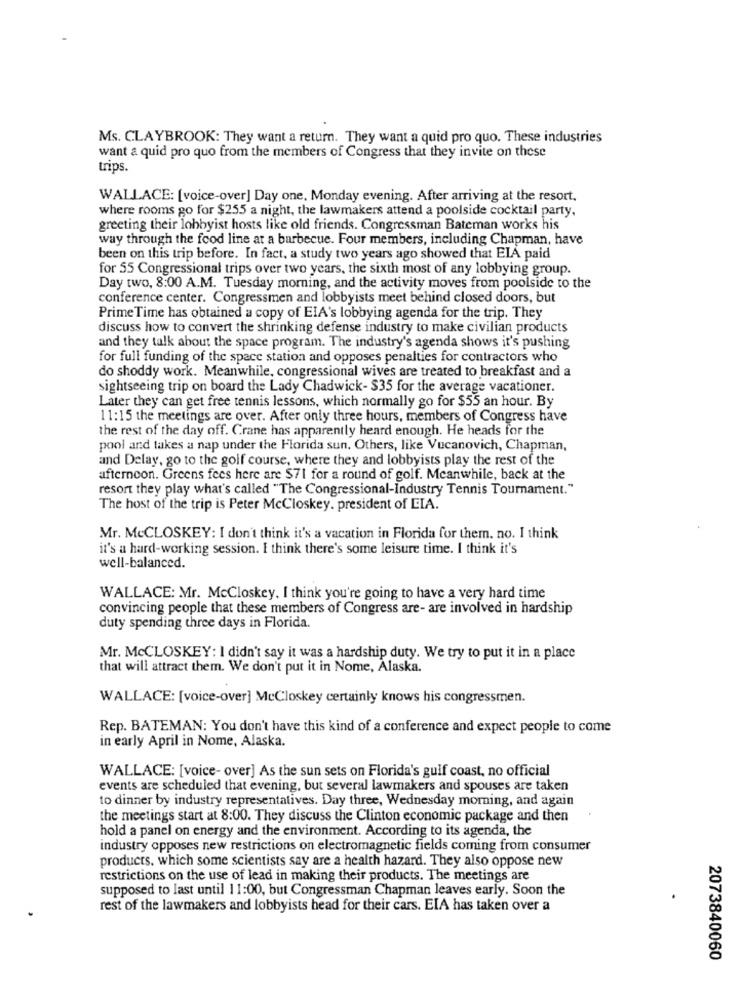
Ms. CLAYBROOK: They want a return. They want a quid pro quo. These industries
want a quid pro quo from the members of Congress that they invite on these
trips.
WALLACE: [voice-over] Day one, Monday evening. After arriving at the resort,
where rooms go for $255 a night, the lawmakers attend a poolside cocktail party,
greeting their lobbyist hosts like old friends. Congressman Bateman works his
way through the food line at a barbecue. Four members, including Chapman, have
been on this trip before. In fact, a study two years ago showed that EIA paid
for 55 Congressional trips over two years, the sixth most of any lobbying group.
Day two, 8:00 A.M. Tuesday morning, and the activity moves from poolside to the
conference center. Congressmen and lobbyists meet behind closed doors, but
Prime Time has obtained a copy of EIA's lobbying agenda for the trip. They
discuss how to convert the shrinking defense industry to make civilian products
and they talk about the space program. The industry's agenda shows it's pushing
for full funding of the space station and opposes penalties for contractors who
do shoddy work. Meanwhile, congressional wives are treated to breakfast and a
sightseeing trip on board the Lady Chadwick- $35 for the average vacationer.
Later they can get free tennis lessons, which normally go for $55 an hour. By
11:15 the meetings are over. After only three hours, members of Congress have
the rest of the day off. Crane has apparently heard enough. He heads for the
pool and takes a nap under the Florida sun. Others, like Vucanovich, Chapman,
and Delay, go to the golf course, where they and lobbyists play the rest of the
afternoon. Greens fees here are $71 for a round of golf. Meanwhile, back at the
resort they play what's called "The Congressional-Industry Tennis Tournament."
The host of the trip is Peter McCloskey. president of EIA.
Mr. McCLOSKEY: I don't think it's a vacation in Florida for them. no. I think
it's a hard-working session. I think there's some leisure time. I think it's
well-balanced.
WALLACE: Mr. McCloskey. I think you're going to have a very hard time
convincing people that these members of Congress are- are involved in hardship
duty spending three days in Florida.
Mr. McCLOSKEY: I didn't say it was a hardship duty. We try to put it in a place
that will attract them. We don't put it in Nome, Alaska.
WALLACE: [voice-over] McCloskey certainly knows his congressmen.
Rep. BATEMAN: You don't have this kind of a conference and expect people to come
in early April in Nome, Alaska.
WALLACE: [voice- over] As the sun sets on Florida's gulf coast, no official
events are scheduled that evening, but several lawmakers and spouses are taken
to dinner by industry representatives. Day three, Wednesday morning, and again
the meetings start at 8:00. They discuss the Clinton economic package and then
hold a panel on energy and the environment. According to its agenda, the
industry opposes new restrictions on electromagnetic fields coming from consumer
products, which some scientists say are a health hazard. They also oppose new
restrictions on the use of lead in making their products. The meetings are
supposed to last until 11:00, but Congressman Chapman leaves early. Soon the
rest of the lawmakers and lobbyists head for their cars. EIA has taken over a
2073840060